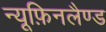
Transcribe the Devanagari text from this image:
न्यूफ़िनलैण्ड